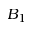
B _ { 1 }